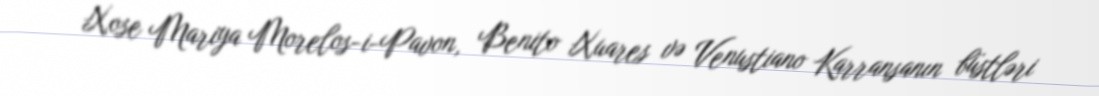
Xose Mariya Morelos-i-Pavon, Benito Xuares və Venustiano Karransanın büstləri